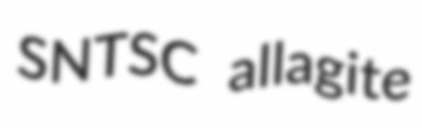
SNTSC allagite